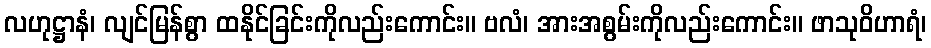
လဟုဋ္ဌာနံ၊ လျင်မြန်စွာ ထနိုင်ခြင်းကိုလည်းကောင်း။ ဗလံ၊ အားအစွမ်းကိုလည်းကောင်း။ ဖာသုဝိဟာရံ၊